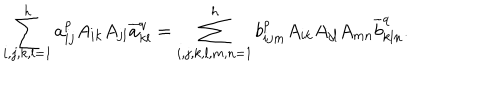
LaTeX: \sum _ { i , j , k , l = 1 } ^ { h } a _ { i j } ^ { p } A _ { i k } A _ { j l } \overline { { a } } _ { k l } ^ { q } = \sum _ { i , j , k , l , m , n = 1 } ^ { h } b _ { i j m } ^ { p } A _ { i k } A _ { j l } A _ { m n } \overline { { b } } _ { k l n } ^ { q } .